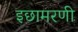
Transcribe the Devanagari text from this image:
इछामरणी